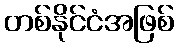
တစ်နိုင်ငံအဖြစ်